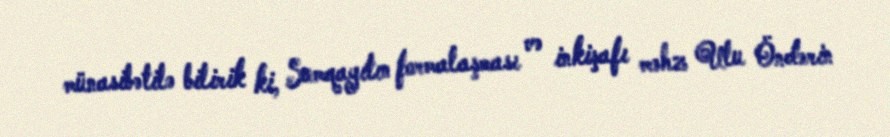
münasibətilə bilirik ki, Sumqayıtın formalaşması və inkişafı məhz Ulu Öndərin